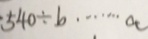
\cdot 5 4 0 \div b \cdots a